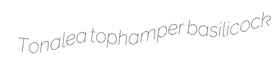
Tonalea tophamper basilicock